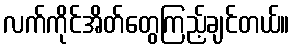
လက်ကိုင်အိတ်တွေကြည့်ချင်တယ်။